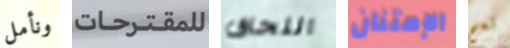
ونأمل للمقترحات اللحاق الإمتنان نعم